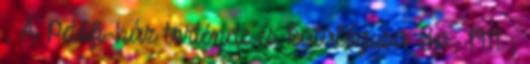
; A Petőfi-ház története és katalógusa Bp., 1911 ;